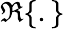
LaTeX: \Re\{ .\}